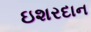
ઇશરદાન